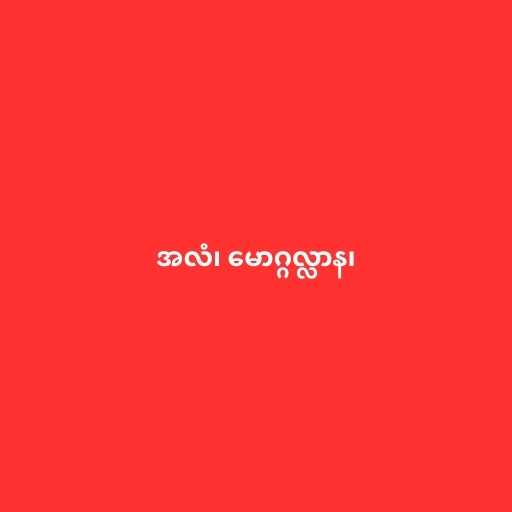
အလံ၊ မောဂ္ဂလ္လာန၊